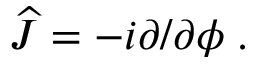
\begin{array} { r } { \widehat { J } = - i \partial / \partial \phi \; . } \end{array}